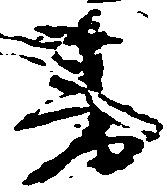
書